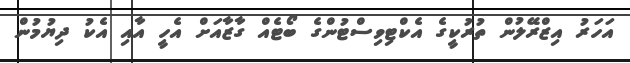
އަހަރު އިޒްރޭލުން ތުރުކީގެ އެކްޓިވިސްޓުންގެ ބޯޓެއް ގާޒާއަށް އެހީ އާއި އެކު ދިޔުމުން